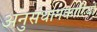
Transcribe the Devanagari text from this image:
अनुसंधानकारियों